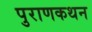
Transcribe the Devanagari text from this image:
पुराणकथन